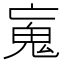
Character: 𩱿